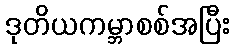
ဒုတိယကမ္ဘာစစ်အပြီး